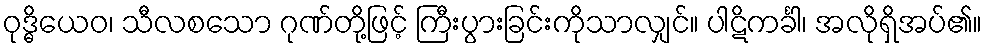
ဝုဒ္ဓိယေဝ၊ သီလစသော ဂုဏ်တို့ဖြင့် ကြီးပွားခြင်းကိုသာလျှင်။ ပါဋိကင်္ခါ၊ အလိုရှိအပ်၏။